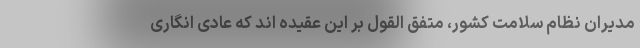
مدیران نظام سلامت کشور، متفق القول بر این عقیده اند که عادی انگاری